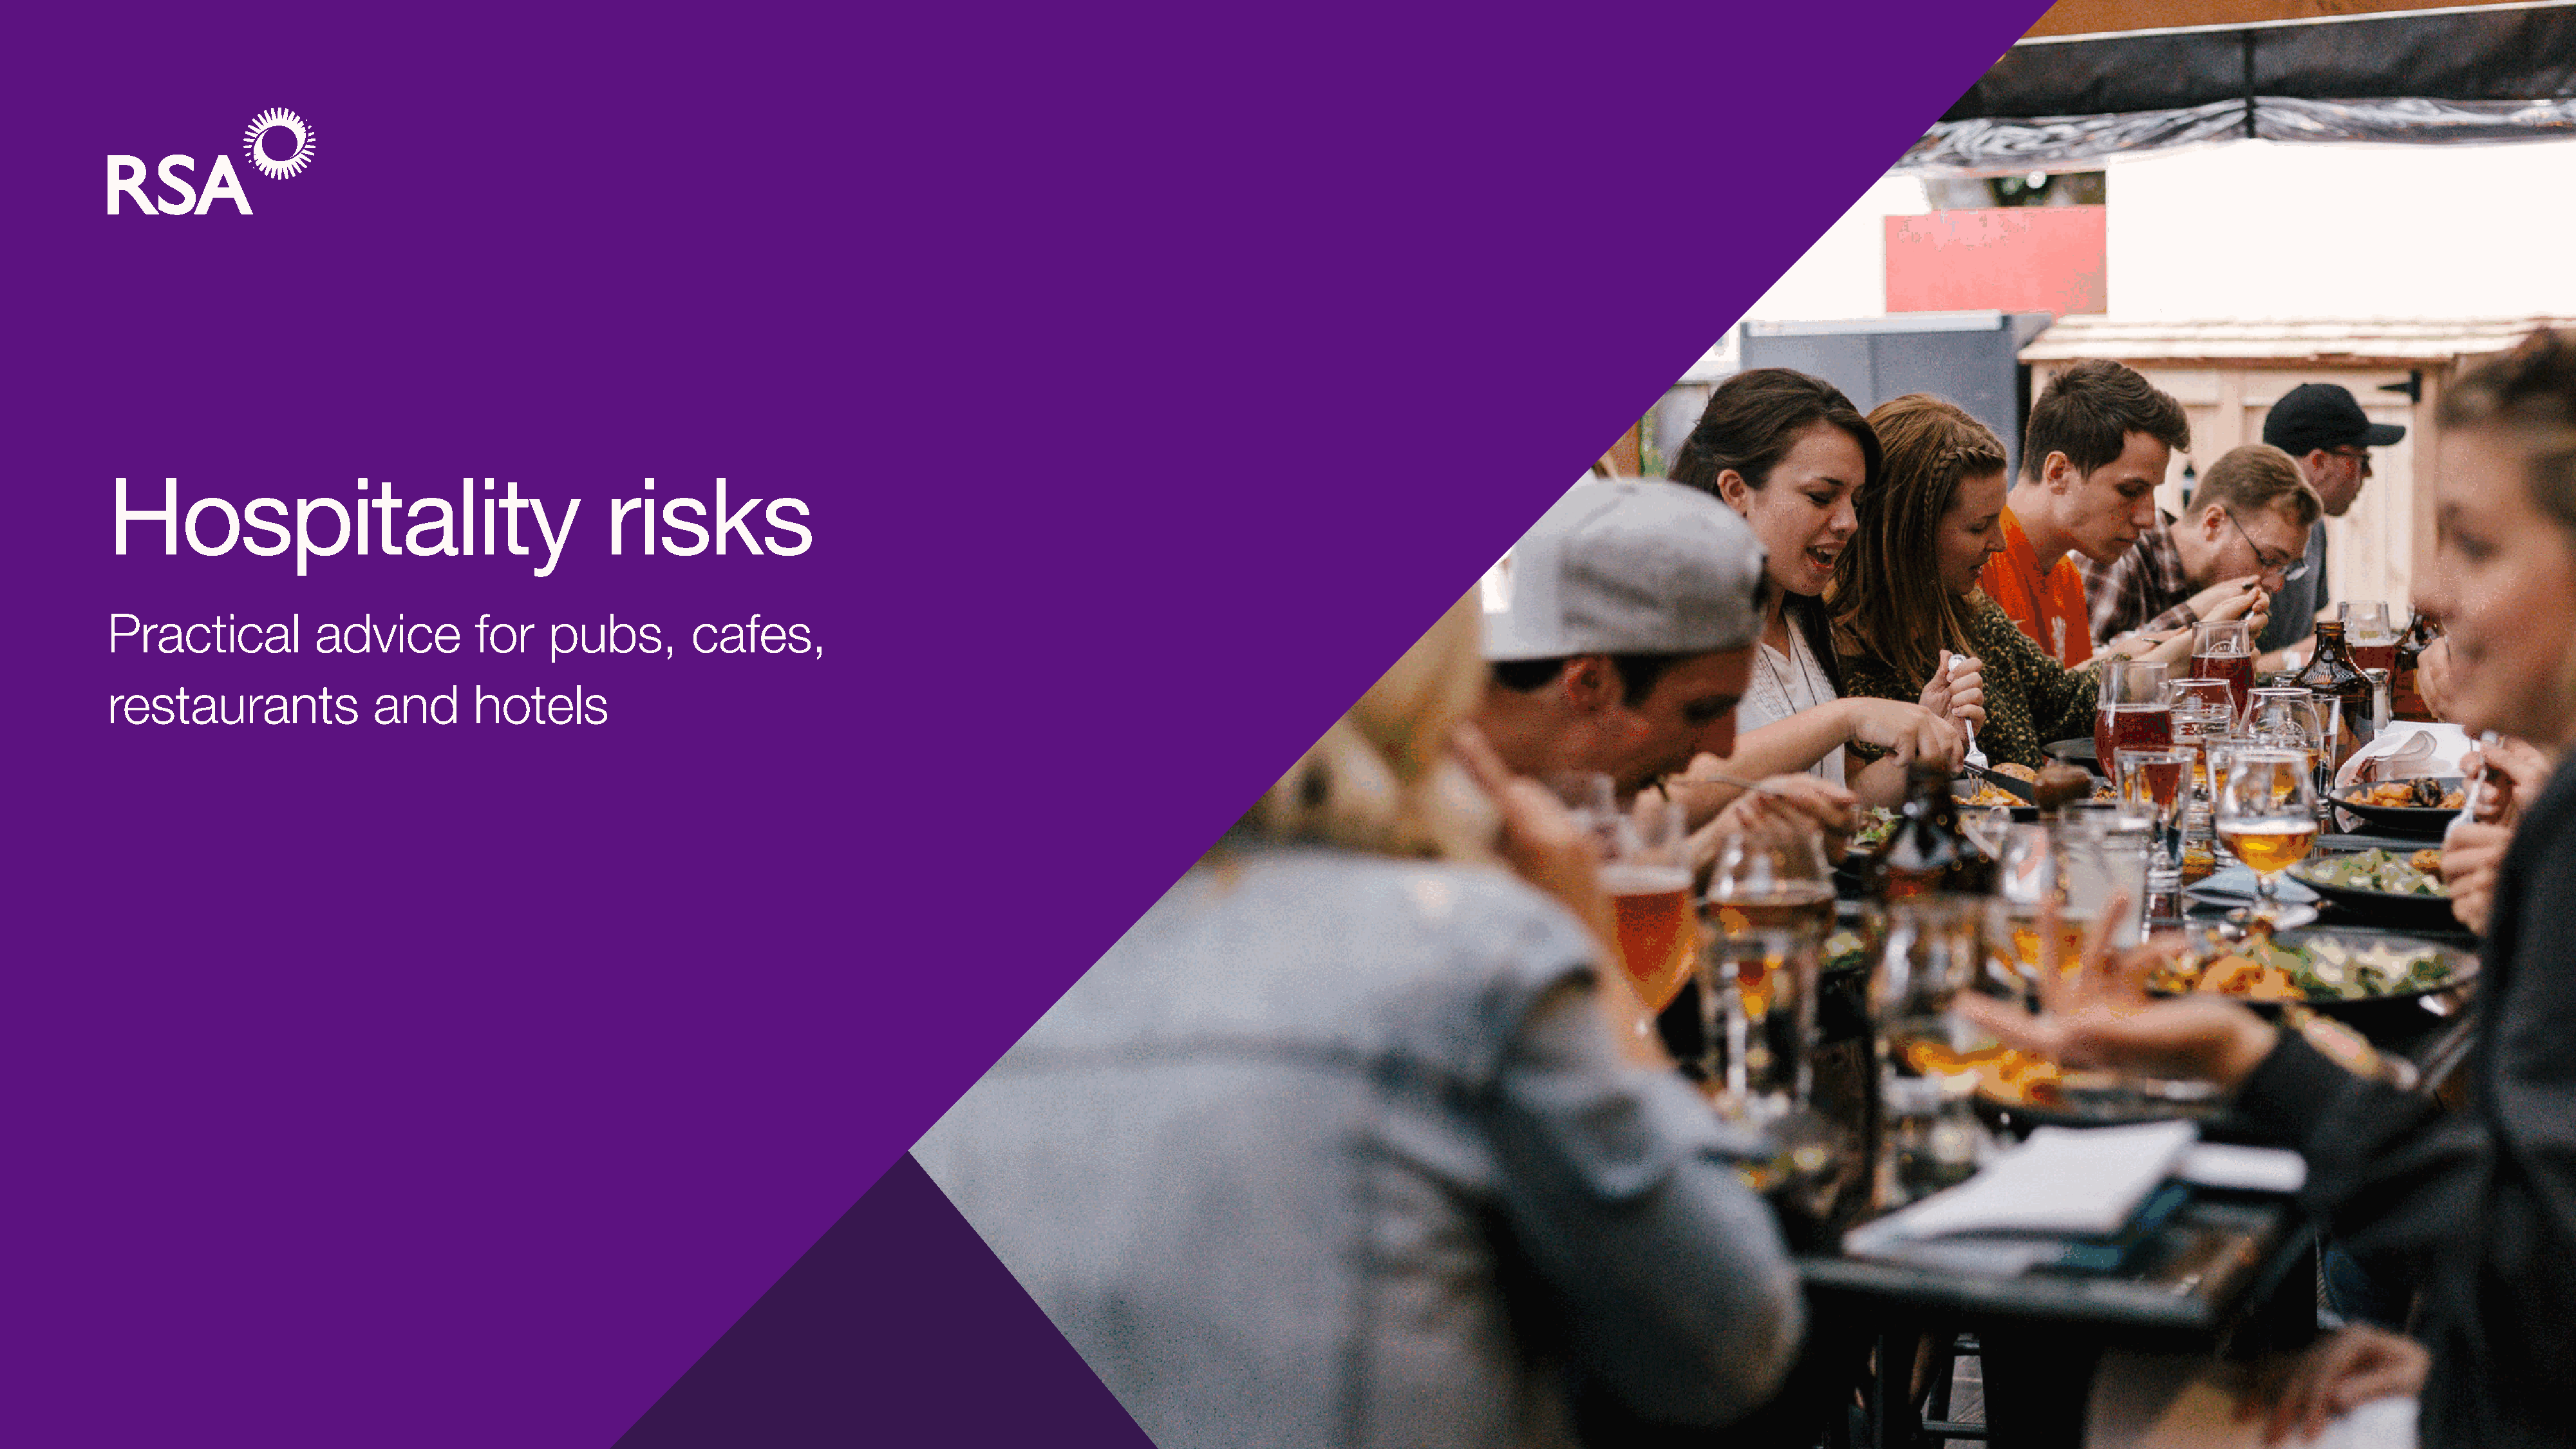
Hospitality                                        risks
 Practical            advice           for    pubs,          cafes,
 restaurants                and        hotels